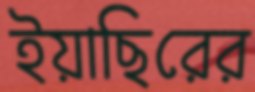
ইয়াছিরের